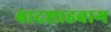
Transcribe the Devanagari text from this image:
बादशाहबाग